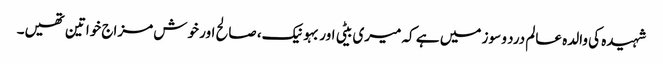
شہیدہ کی والدہ عالم درد و سوز میں ہے کہ میری بیٹی اور بہو نیک، صالح اور خوش مزاج خواتین تھیں۔